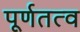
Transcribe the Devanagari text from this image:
पूर्णतत्व